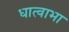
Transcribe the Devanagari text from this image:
धात्वाभा